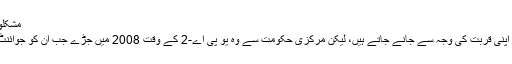
مشکلوں کے درمیان راستہ تلاش کرنے کا فن
یہ صحیح ہے کہ داس موجودہ نظام سے اپنی قربت کی وجہ سے جانے جاتے ہیں، لیکن مرکزی حکومت سے وہ یو پی اے-2 کے وقت 2008 میں جڑے جب ان کو جوائنٹ سکریٹری(اخراجات) بنائے گئے تھے۔